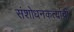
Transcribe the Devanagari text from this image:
संशोधनकर्त्याची